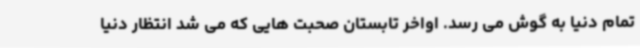
تمام دنیا به گوش می رسد. اواخر تابستان صحبت هایی که می شد انتظار دنیا